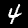
Label: 4